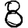
Digit: 8